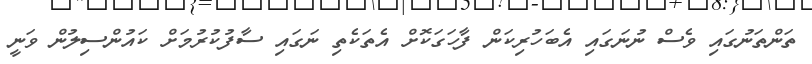
ތަންތަނުގައި ވެސް ނުނަގައި އެބަހުރިކަން ފާހަގަކޮށް އެތަކެތި ނަގައި ސާފުކުރުމަށް ކައުންސިލުން ވަނީ